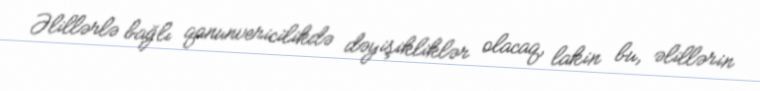
Əlillərlə bağlı qanunvericilikdə dəyişikliklər olacaq, lakin bu, əlillərin